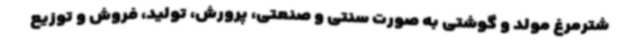
شترمرغ مولد و گوشتی به صورت سنتی و صنعتی، پرورش، تولید، فروش و توزیع